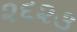
૨૬૨૩